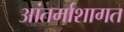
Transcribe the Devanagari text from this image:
आंतर्माशागत